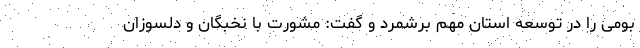
بومی را در توسعه استان مهم برشمرد و گفت: مشورت با نخبگان و دلسوزان